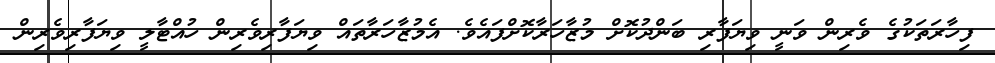
ފިހާރަތަކުގެ ވެރިން ވަނީ ވިޔަފާރި ބަންދުކޮށް މުޒާހަރާކޮށްފައެވެ. އެމުޒާހަރާތައް ވިޔަފާރިވެރިން ހުއްޓާލީ ވިޔަފާރިވެރިން